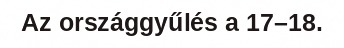
Az országgyűlés a 17–18.